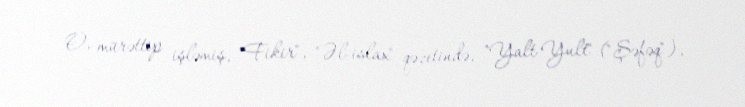
O, mürəttip işləmiş, "Fikir", "Əl-islax" qəzetində, "Yalt-Yult" ("Şəfəq"),